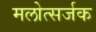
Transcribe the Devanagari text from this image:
मलोत्सर्जक